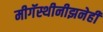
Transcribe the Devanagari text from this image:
मीगॅस्थीनीझनेही